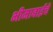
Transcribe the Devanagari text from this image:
भीमाबाईचे